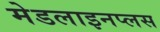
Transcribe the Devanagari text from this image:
मेडलाइनप्लस